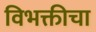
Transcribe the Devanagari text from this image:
विभक्तीचा